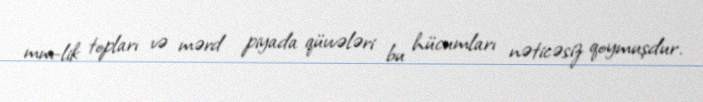
mm-lik topları və mərd piyada qüvvələri bu hücumları nəticəsiz qoymuşdur.